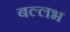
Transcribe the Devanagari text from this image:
बल्‍लभ